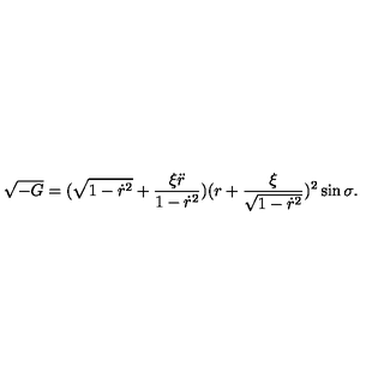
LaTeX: \sqrt { - G } = ( \sqrt { 1 - \dot { r } ^ { 2 } } + \frac { \xi \ddot { r } } { 1 - \dot { r } ^ { 2 } } ) ( r + \frac { \xi } { \sqrt { 1 - \dot { r } ^ { 2 } } } ) ^ { 2 } \sin \sigma .